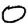
Digit: 0